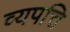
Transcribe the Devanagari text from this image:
व्यपत्ति